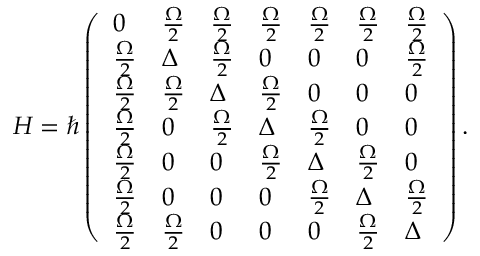
H = \hbar \left( \begin{array} { l l l l l l l } { 0 } & { \frac { \Omega } { 2 } } & { \frac { \Omega } { 2 } } & { \frac { \Omega } { 2 } } & { \frac { \Omega } { 2 } } & { \frac { \Omega } { 2 } } & { \frac { \Omega } { 2 } } \\ { \frac { \Omega } { 2 } } & { \Delta } & { \frac { \Omega } { 2 } } & { 0 } & { 0 } & { 0 } & { \frac { \Omega } { 2 } } \\ { \frac { \Omega } { 2 } } & { \frac { \Omega } { 2 } } & { \Delta } & { \frac { \Omega } { 2 } } & { 0 } & { 0 } & { 0 } \\ { \frac { \Omega } { 2 } } & { 0 } & { \frac { \Omega } { 2 } } & { \Delta } & { \frac { \Omega } { 2 } } & { 0 } & { 0 } \\ { \frac { \Omega } { 2 } } & { 0 } & { 0 } & { \frac { \Omega } { 2 } } & { \Delta } & { \frac { \Omega } { 2 } } & { 0 } \\ { \frac { \Omega } { 2 } } & { 0 } & { 0 } & { 0 } & { \frac { \Omega } { 2 } } & { \Delta } & { \frac { \Omega } { 2 } } \\ { \frac { \Omega } { 2 } } & { \frac { \Omega } { 2 } } & { 0 } & { 0 } & { 0 } & { \frac { \Omega } { 2 } } & { \Delta } \end{array} \right) .